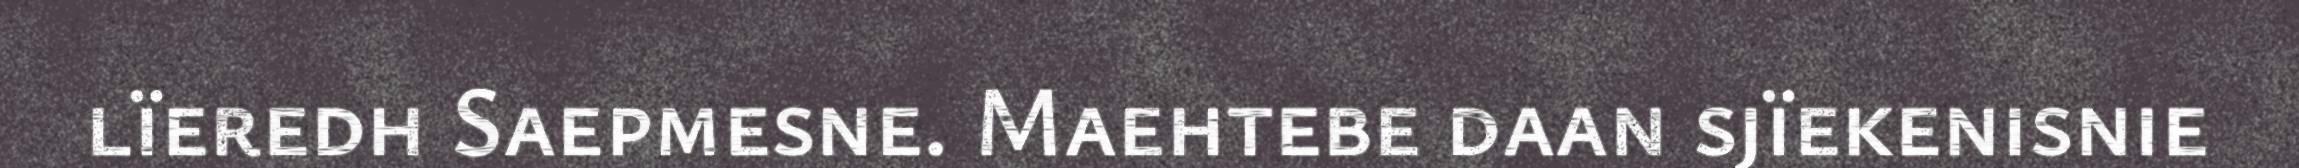
lïeredh Saepmesne. Maehtebe daan sjïekenisnie